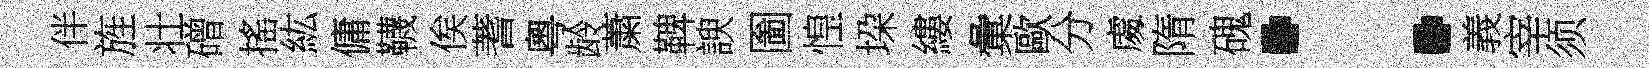
伴旌壮磳搖紘傭韈俟蓍粵龄䔥鞞諛圗惶垜縷彙歐分䖏隋磈：義宰须